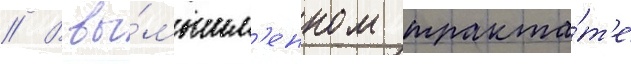
// В вы́мышл'енном тракта́т'е